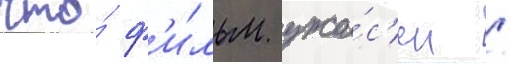
что́ ф'и́льм ужа́с'ен /